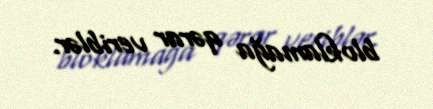
bloklamağa qərar veriblər.